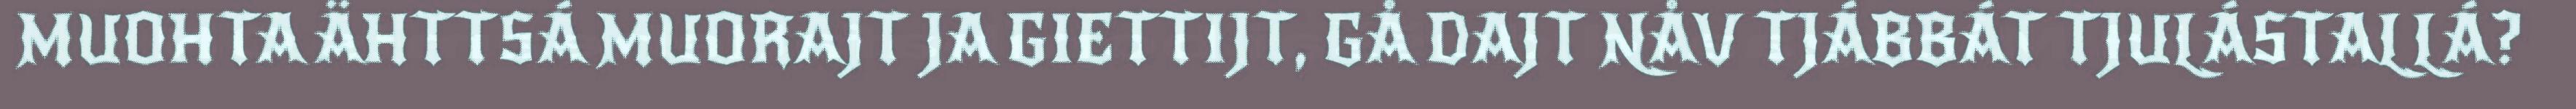
MUOHTA ÄHTTSÁ MUORAJT JA GIETTIJT, GÅ DAJT NÅV TJÁBBÁT TJULÁSTALLÁ?